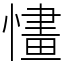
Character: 㦎